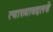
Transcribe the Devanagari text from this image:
त्याच्याबद्दलचे